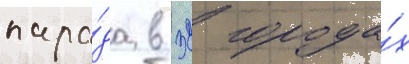
пара́да в 32 города́х